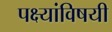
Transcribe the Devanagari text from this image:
पक्ष्यांविषयी